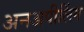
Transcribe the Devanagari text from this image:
अनअपीलिंग